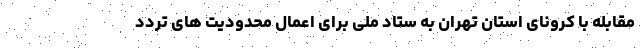
مقابله با کرونای استان تهران به ستاد ملی برای اعمال محدودیت های تردد